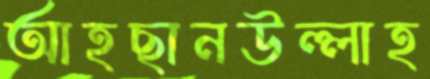
আহছানউল্লাহ